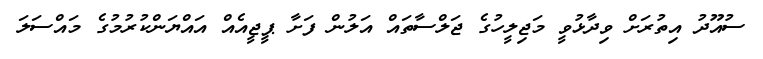
ސުއޫދު އިތުރަށް ވިދާޅުވީ މަޖިލީހުގެ ޖަލްސާތައް އަލުން ފަށާ ޕީޖީއެއް އައްޔަންކުރުމުގެ މައްސަލަ